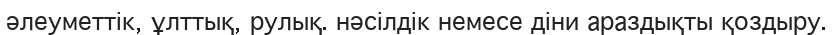
әлеуметтік, ұлттық, рулық. нәсілдік немесе діни араздықты қоздыру.